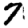
Digit: 7